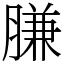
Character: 膁